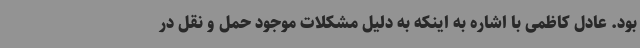
بود. عادل کاظمی با اشاره به اینکه به دلیل مشکلات موجود حمل و نقل در